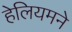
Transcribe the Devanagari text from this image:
हेलियमने